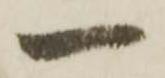
一